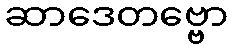
ဆာဒေတဗ္ဗော